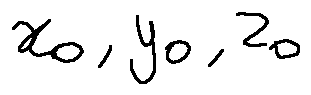
x _ { 0 } , y _ { 0 } , z _ { 0 }